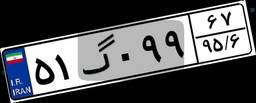
۲۶گ۶۷۰۳۷